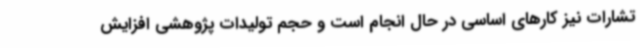
تشارات نیز کارهای اساسی در حال انجام است و حجم تولیدات پژوهشی افزایش